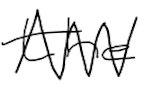
Text: the
Cross-out: zig-zag
Writing tool: digital_black